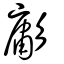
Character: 㣑